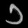
Digit: ၁